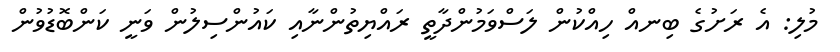
މުލި: އެ ރަށުގެ ބިނއް ހިއްކުން ލަސްވަމުންދާތީ ރައްޔިތުންނާއި ކައުންސިލުން ވަނީ ކަންބޮޑުވުން